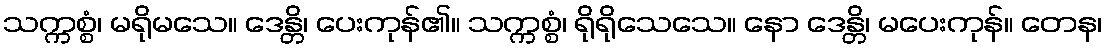
သက္ကစ္စံ၊ မရိုမသေ။ ဒေန္တိ၊ ပေးကုန်၏။ သက္ကစ္စံ၊ ရိုရိုသေသေ။ နော ဒေန္တိ၊ မပေးကုန်။ တေန၊